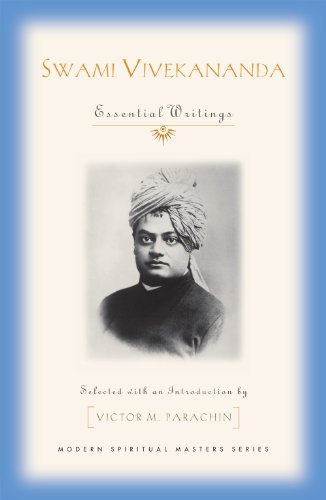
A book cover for Swami Vivekananda: Essential Writings (Modern Spiritual Masters); Victor M. Parachin; Religion & Spirituality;